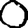
Digit: 0